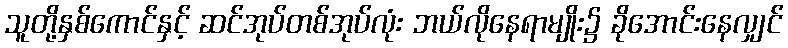
သူတို့နှစ်ကောင်နှင့် ဆင်အုပ်တစ်အုပ်လုံး ဘယ်လိုနေရာမျိုး၌ ခိုအောင်းနေလျှင်